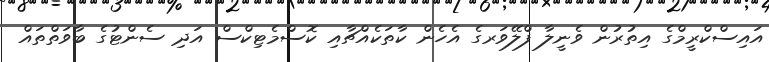
އައިސްކްރީމްގެ އިތުރުން ވެނީލާ ފްލޭވަރގެ އެހެން ކާތަކެއްޗާއި ކޮސްމެޓިކްސް އަދި ސެންޓުގެ ބާވަތްތައް